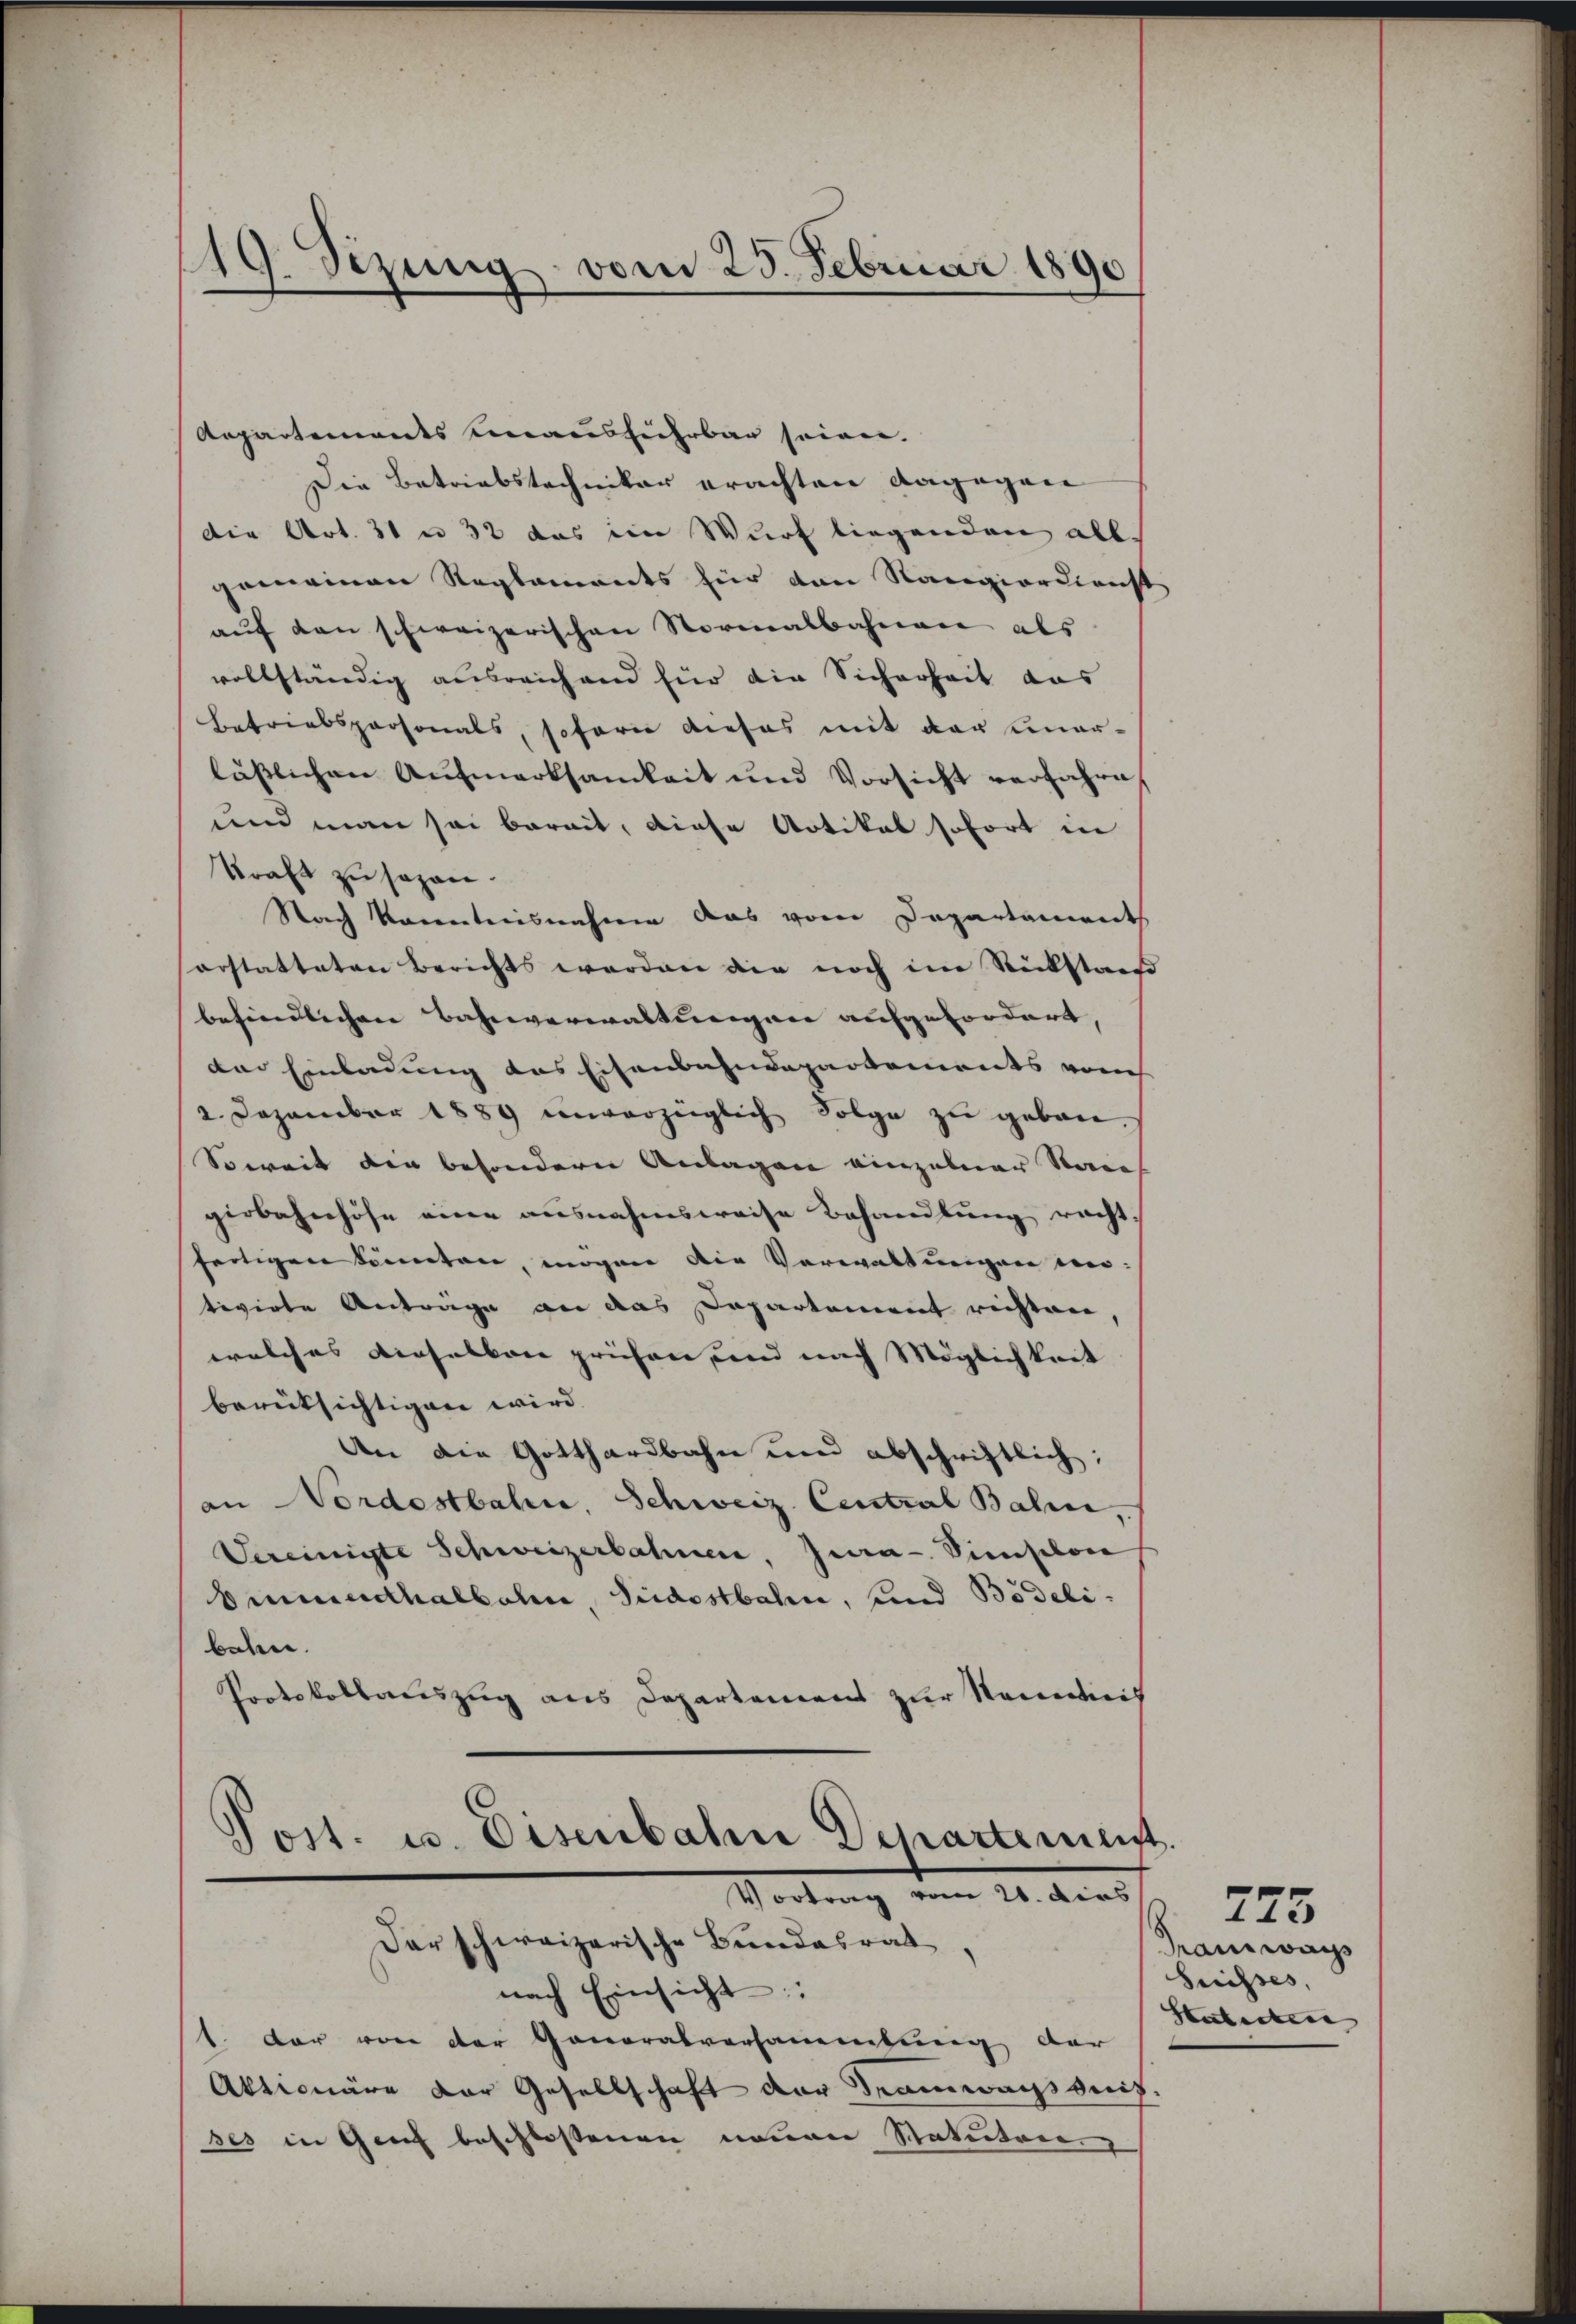
19. Sezung vom 25. Februar 1890

Aepartements einausführbar seien.
Die Betriebstechniker erachten dagegen
die Art. 31 n 32 das im Wurf liegenden all-
gemeinen Reglements für den Rangierdienst
auf den schweizerischen Normalbahnen als
vollständig ausreichend für die Sicherheit das
betriebspersonals, sofern dieses mit der unerlässlichen Aufmerksamkeit und Vorsicht verfahre
und man sei bereit, diese Artikal sofort in
Kraft zu sagen.
Nach Korenntnisnahme das vom Departaments
orstatteten Berichts werden die noch im Rückstan
befindlichen Bahnverwaltungen aufgefordert, |
des Einladung das Eisenbahndepartements von
2. Dezember 1889 unverzüglich Folge zŭ geben.
Soweit der besondern Anlagen einzelner Serie
gerbahnhöhe eine ausnahmsweise Behandlung racht.
fertigen könnten, mögen die Verwaltungen untivirte Anträge an das Departement richten,
welches Dieselben prüfen, und nach Möglichkeit
berücksichtigen wird.
An die Gotthardbahn und abschriftlich;
an Nordostbahn, Schweiz. Central Bahn,
Vereinigte Schweizerbahnen, Jura-Vischon
bimenthalbahn, Südostbahn, und Bodelibeben.
Protokollauszug aus Departement zur Namenties

Post. u. Eisenbahn Departement
Vortrag vom 21. dies
Dar schweizerische Bundesrat

nach Einsicht:
1. der von der Generalversammlung der
Aktionäre der Gesellschaft der Tramwayssnig,
ses in Gerich beschlossenen neuen Statuten

.

223
Main wachs
Suisses,
Statistere |